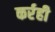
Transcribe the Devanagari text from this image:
कर्रही